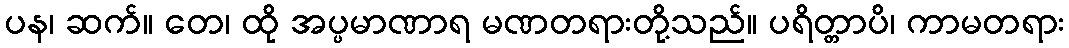
ပန၊ ဆက်။ တေ၊ ထို အပ္ပမာဏာရ မဏတရားတို့သည်။ ပရိတ္တာပိ၊ ကာမတရား